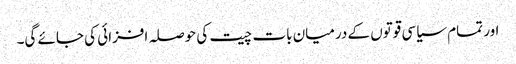
اور تمام سیاسی قوتوں کے درمیان بات چیت کی حوصلہ افزائی کی جائے گی۔